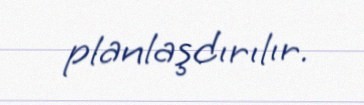
planlaşdırılır.